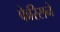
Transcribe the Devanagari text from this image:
फेरिसने